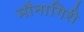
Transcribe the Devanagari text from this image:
मौनागिरी